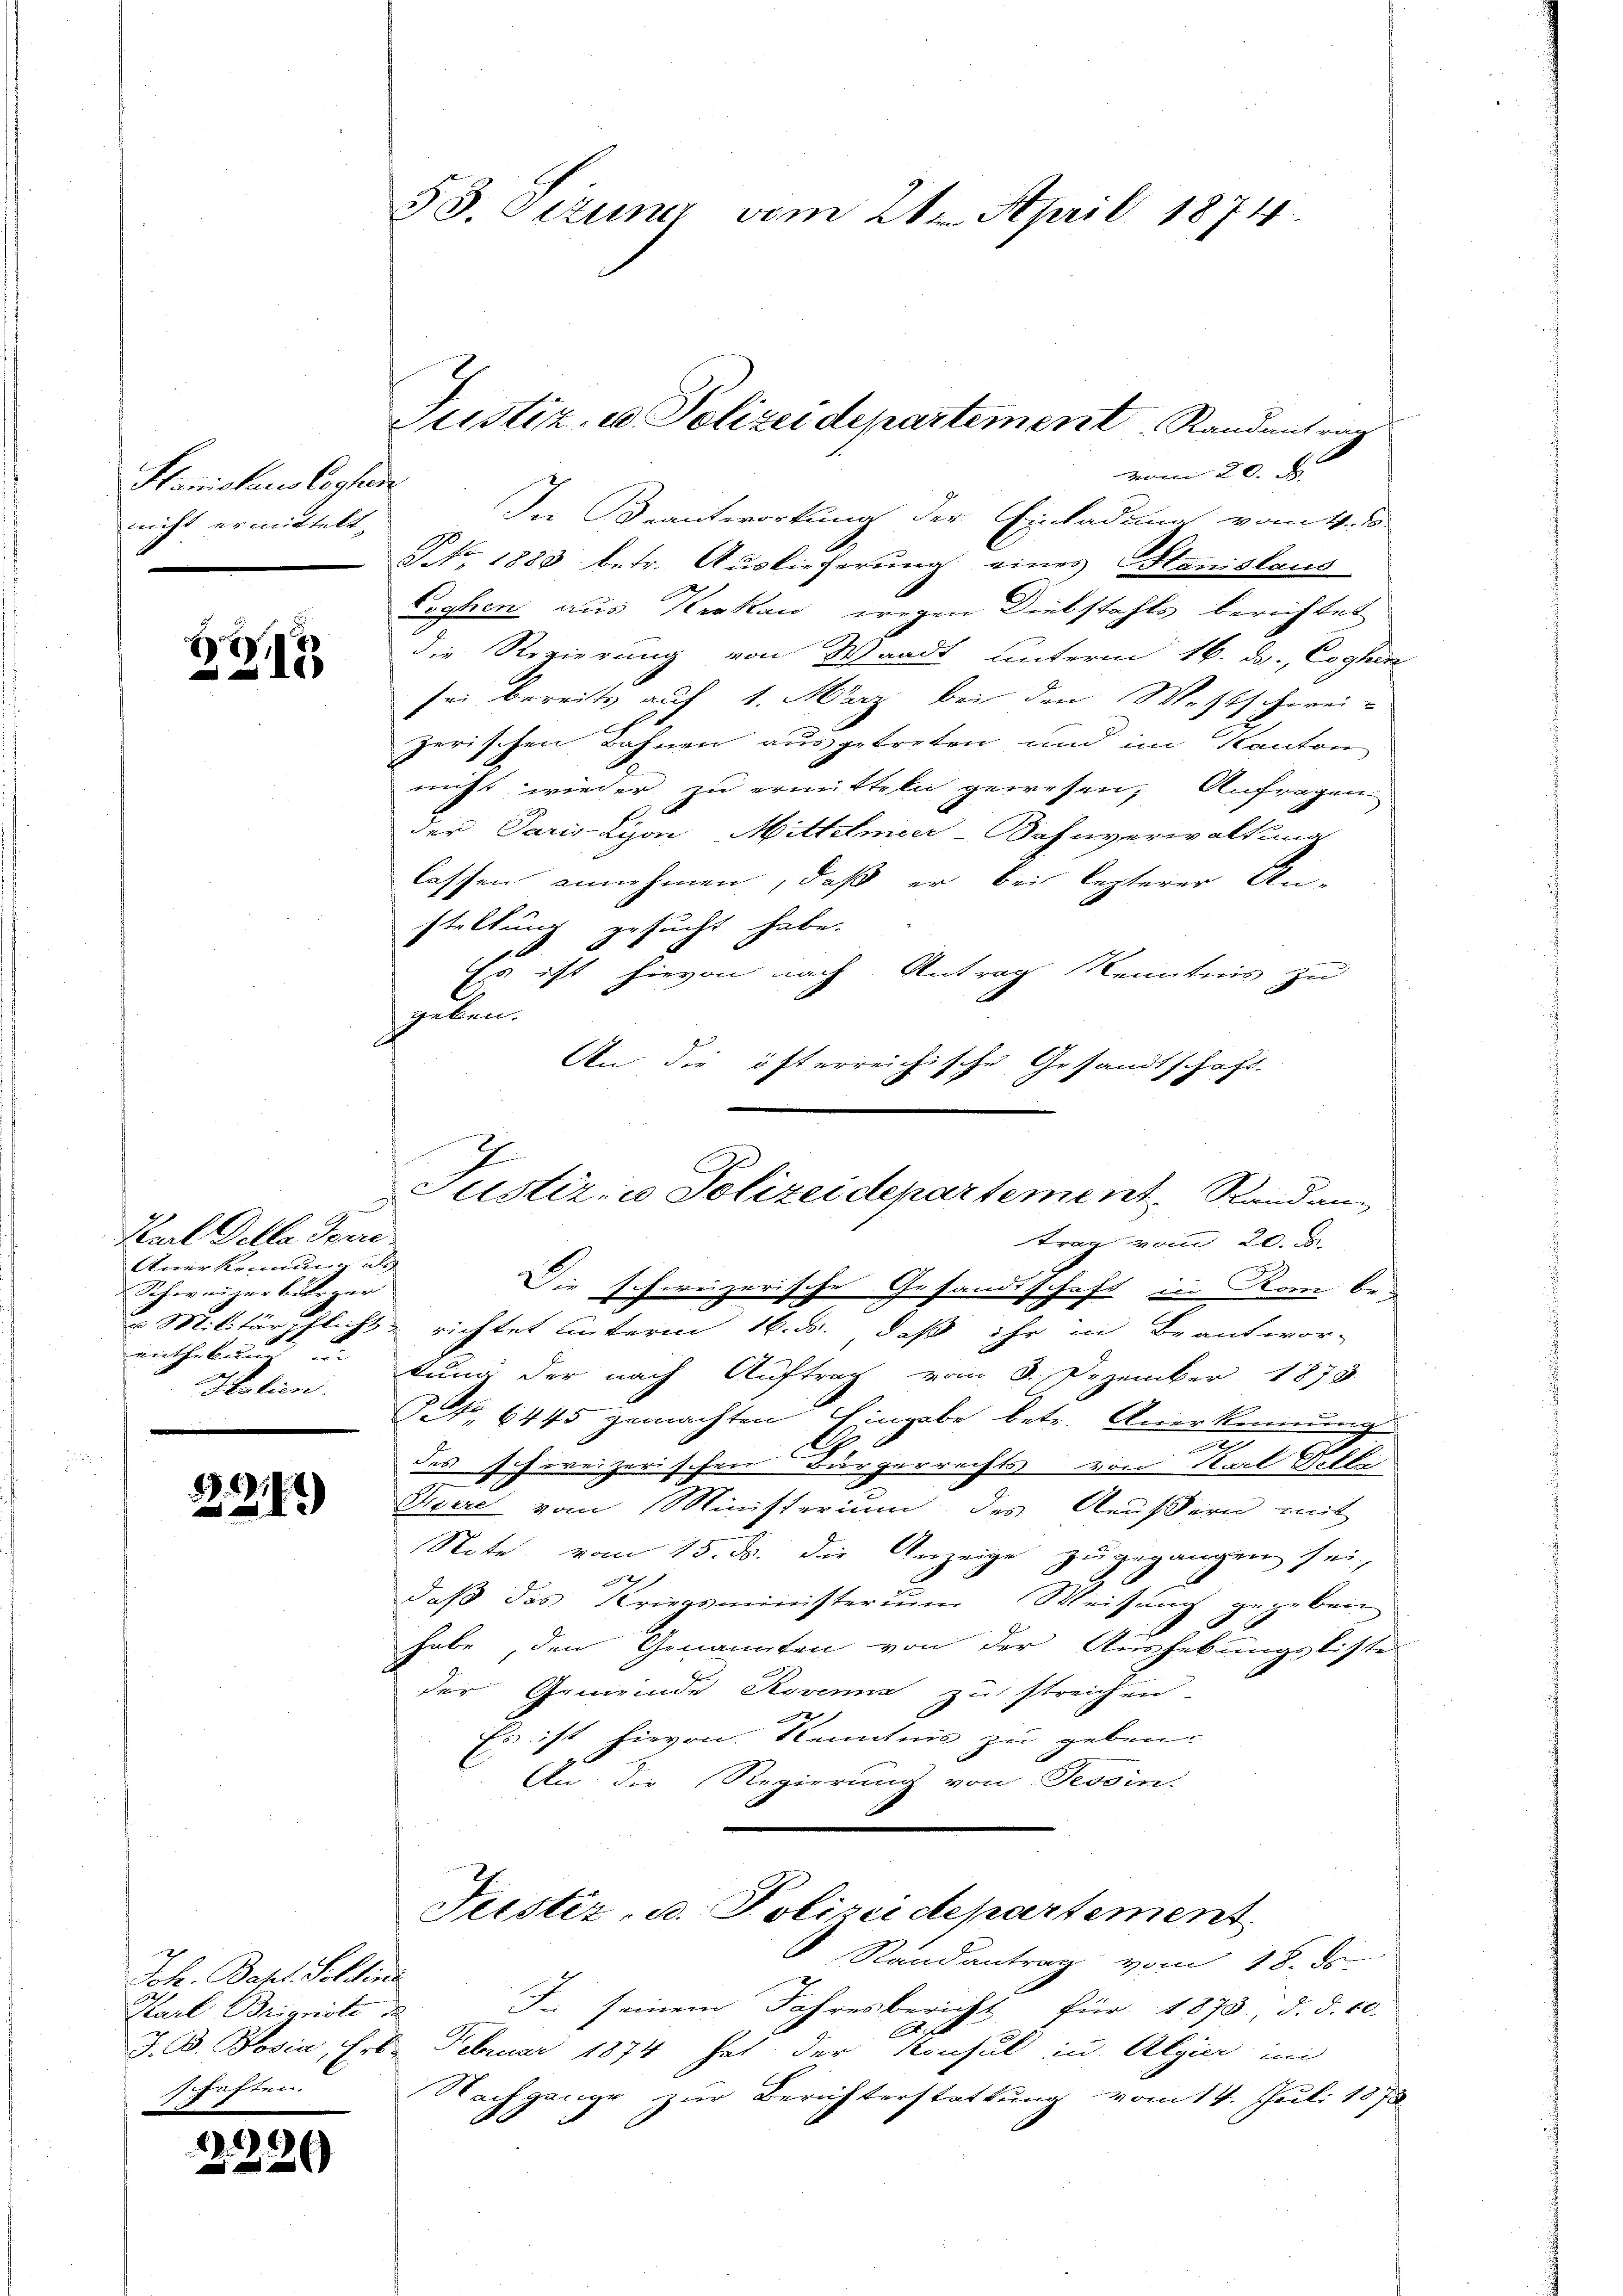
Hanislausloch
nicht ermittelt.
e

H
.

2
Karl Della Serre
Anerkennung als
Schweizerbürger
Nation.

224)

Joh. Bapt. Soldins
Harl Brienste d
J. B. Rosia, Erbschaften.

1220

53. Dezuna vom 21. April 1874

vom 20. d.
u
In Beantwortung der Einladung vom 4. ds.
NNo. 1883 betr. Auslieferung eines Stanislaus
Cophen aus Krakau wegen Diebstahls berichtet
die Regierung von Waadt unterm 16. d. Coghin
sei bereits auf 1. März bei den Wettschwei-
zerischen Bahnen ausgetreten und im Kanton
nicht wieder zu ermitteln gewesen, Anfragen
der Paris-Lyon Mittelmeer-Bahnverwaltung
lassen annehmen, daß er bei lezterer An-
stellung gesucht habe.
Es ist hievon nach Antrag Kenntnis zu
geben.
An die österreichische Gesandtschaft.

Justiz- u Polizei departement Randentrag

s

Justiz- u Polizeidepartement Rand antrag vom 20. d.

Die schweizerische Gesandtschaft in Rom be¬
& Militärpflicht richtet unterm 16. ds., daß ihr in Beantwor-
entheban in Juni der nach Auftrag vom 8. Dezember 1873
NNo. 6445 gemachten Eingabe betr. Anerkennung
t
des schweizerischen Bürgerrechts von Stal Selle
Divere vom Ministerium des Aeußern mit
Note vom 15. ds. die Anzeige zugegangen sei,
daβ das Kriegsministerum Weisung gegeben
habe, den Genannten von der Aushebungsliste
der Gemeinde Rovenia zu streichen
e
Es ist hievon Kenntnis zu geben
u. An die Regierung von Tessin.

Teistiz- u. Polizeidepartement
Randantrag vom 18. ds

In seinem Jahresbericht für 1873, d. d. 10.

Februar 1874 hat der Konsul in Algier in
Nachgange zur Berichterstattung vom 14. Juli 1872